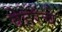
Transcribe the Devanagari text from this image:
बेहेरेंचे